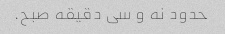
حدود نه و سی دقیقه صبح.